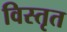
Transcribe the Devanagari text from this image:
विस्‍तृत